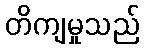
တိကျမှုသည်